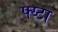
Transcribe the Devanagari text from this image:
फ्य्टा